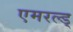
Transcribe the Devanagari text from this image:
एमरल्ड्